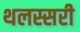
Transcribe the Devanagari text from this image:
थलस्सरी